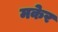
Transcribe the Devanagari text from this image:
मकेर